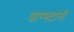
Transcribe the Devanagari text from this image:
वाग्भटांनी